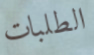
الطلبات